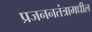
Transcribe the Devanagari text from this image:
प्रजननतंत्रामधील